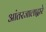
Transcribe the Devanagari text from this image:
आंतरजालाद्वारे